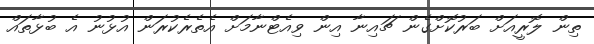
ތިން ލޮރީއަށް ބަރުކޮށްގެން ޗައިނާ އިން ވިއެޓްނާމަށް އެތެރެކުރަން އުޅުނު އެ ބުޅާތައް